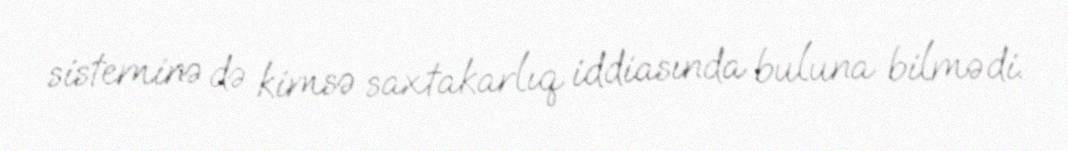
sisteminə də kimsə saxtakarlıq iddiasında buluna bilmədi.